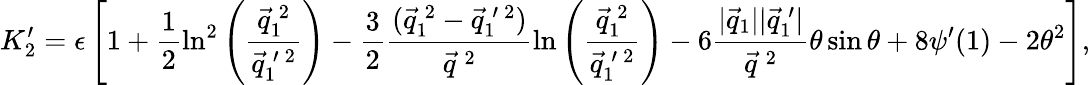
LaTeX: K_{2}^{\prime}=\epsilon\left[1+\frac{1}{2}\ln^{2}\left(\frac{\vec{q}_{1}^{\: 2}}{\vec{q}_{1}^{\: \prime\: 2}}\right)-\frac{3}{2}\frac{(\vec{q}_{1}^{\: 2}-\vec{q}_{1}^{\: \prime\: 2})}{\vec{q}^{\: 2}}\ln\left(\frac{\vec{q}_{1}^{\: 2}}{\vec{q}_{1}^{\: \prime\: 2}}\right)-6\frac{|\vec{q}_{1}||\vec{q}_{1}^{\: \prime}|}{\vec{q}^{\: 2}}\theta\sin\theta+8\psi^{\prime}(1)-2\theta^{2}\right],